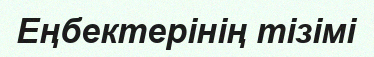
Еңбектерінің тізімі